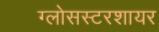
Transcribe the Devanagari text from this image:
ग्लोसस्टरशायर